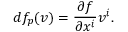
d f _ { p } ( v ) = { \frac { \partial f } { \partial x ^ { i } } } v ^ { i } .